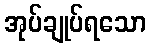
အုပ်ချုပ်ရသော